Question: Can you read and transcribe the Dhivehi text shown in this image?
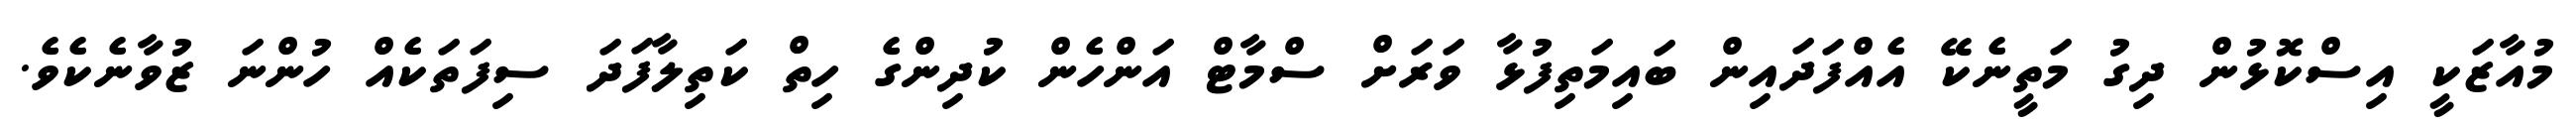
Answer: މުއާޒަކީ އިސްކޮޅުން ދިގު މަތީނެކޭ އެއްފަދައިން ބައިމަތިފުޅާ ވަރަށް ސްމާޓް އަންހެން ކުދިންގެ ހިތް ކަތިލާފަދަ ސިފަތަކެއް ހުންނަ ޒުވާނެކެވެ.